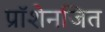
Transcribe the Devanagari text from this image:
प्रॉशेनजित